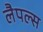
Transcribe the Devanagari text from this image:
लैपल्स